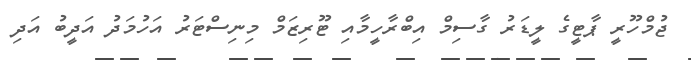
ޖުމްހޫރީ ޕާޓީގެ ލީޑަަރު ގާސިމް އިބްރާހީމާއި ޓޫރިޒަމް މިނިސްޓަރު އަހުމަދު އަދީބު އަދި